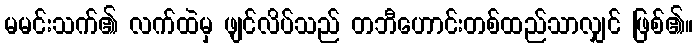
မမင်းသက်၏ လက်ထဲမှ ဖျင်လိပ်သည် တဘီဟောင်းတစ်ထည်သာလျှင် ဖြစ်၏။